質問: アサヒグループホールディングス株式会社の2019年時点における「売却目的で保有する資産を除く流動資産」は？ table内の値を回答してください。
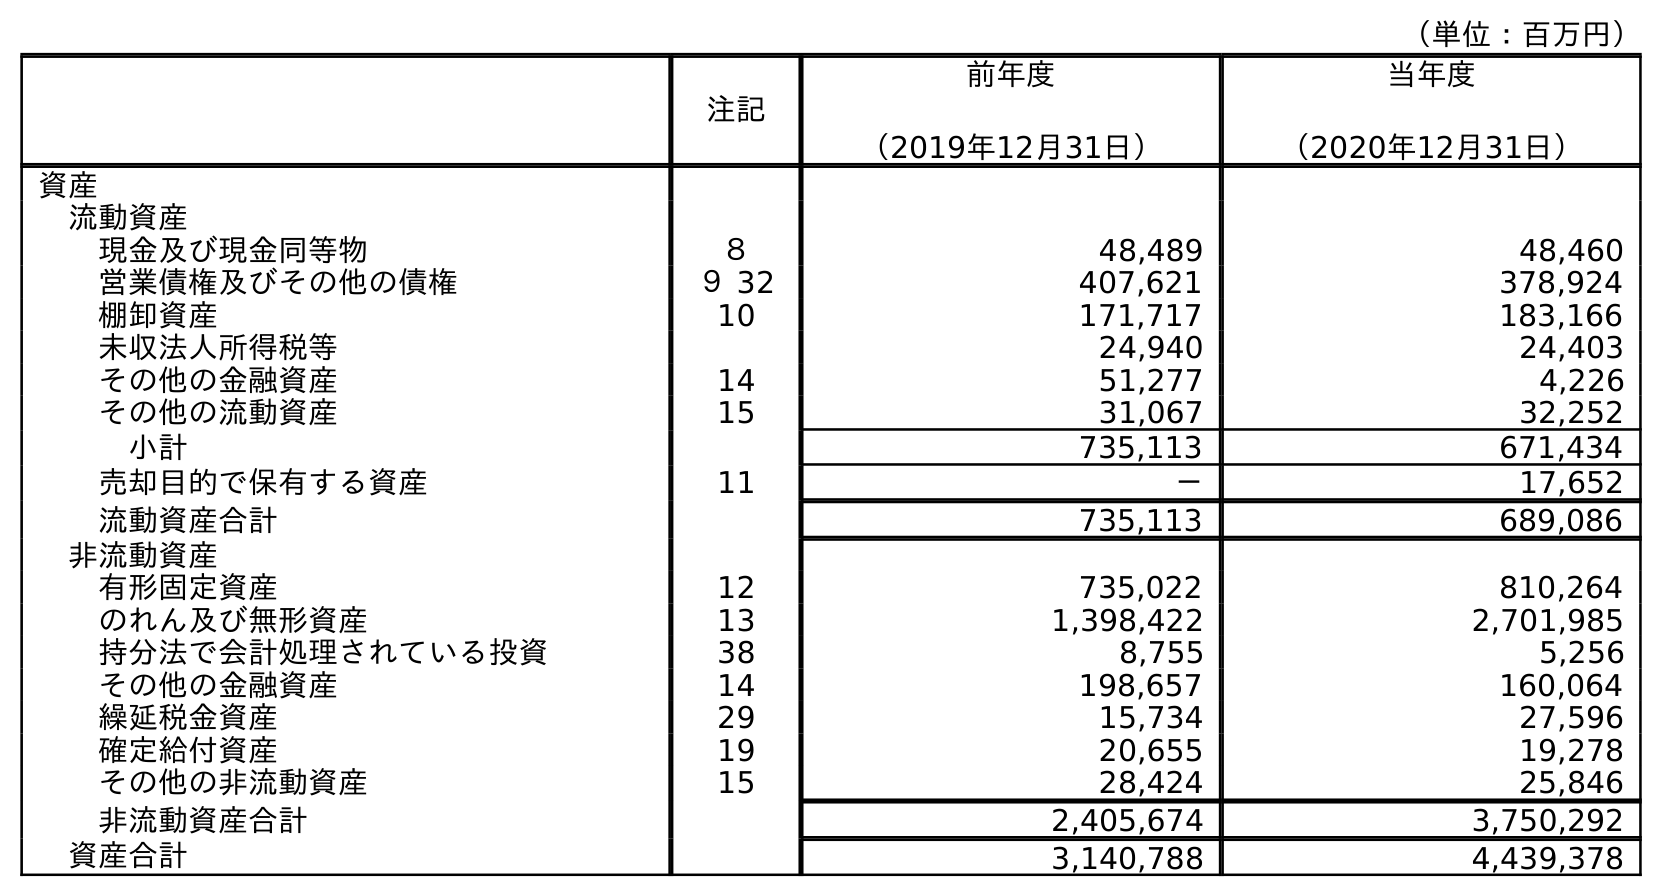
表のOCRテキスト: （単位：百万円） 注記 前年度 （2019年12月31日） 当年度 （2020年12月31日） 資産 流動資産 現金及び現金同等物 ８ 48,489 48,460 営業債権及びその他の債権 ９ 32 407,621 378,924 棚卸資産 10 171,717 183,166 未収法人所得税等 24,940 24,403 その他の金融資産 14 51,277 4,226 その他の流動資産 15 31,067 32,252 小計 735,113 671,434 売却目的で保有する資産 11 － 17,652 流動資産合計 735,113 689,086 非流動資産 有形固定資産 12 735,022 810,264 のれん及び無形資産 13 1,398,422 2,701,985 持分法で会計処理されている投資 38 8,755 5,256 その他の金融資産 14 198,657 160,064 繰延税金資産 29 15,734 27,596 確定給付資産 19 20,655 19,278 その他の非流動資産 15 28,424 25,846 非流動資産合計 2,405,674 3,750,292 資産合計 3,140,788 4,439,378
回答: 735,113